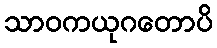
သာဝကယုဂတောပိ